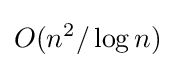
O(n^{2}/\log n)